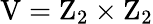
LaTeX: \mathrm{V}=\mathrm{Z}_{2}\times\mathrm{Z}_{2}